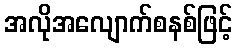
အလိုအလျောက်စနစ်ဖြင့်